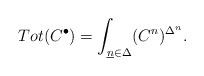
LaTeX: \begin{align*}Tot(C^{\bullet})=\int_{\underline{n}\in\Delta}(C^n)^{\Delta^n}.\end{align*}